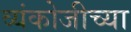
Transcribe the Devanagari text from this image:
व्यंकोजीच्या